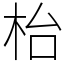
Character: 枱